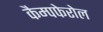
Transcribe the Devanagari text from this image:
कैम्पफेरोल